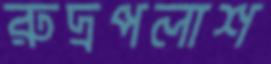
রুদ্রপলাশ